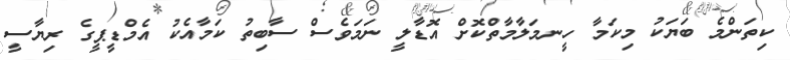
ކިތަންމެ ބަޔަކު މިކަމާ ހީނމަލާމާތްކޮށް އޮޑާލީ ނަމަވެސް ސާބިތު ކަމާއެކު އެމްޑީޕީގެ ރިޔާސީ